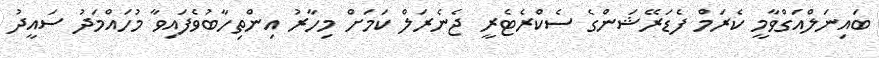
ބައިނަލްއަގްވާމީ ކެރަމް ފެޑަރޭޝަންގެ ސެކްރެޓެރީ ޖެނެރަލް ކަމަށް މިހާރު އިންތިހާބުވެފައިވާ މުހައްމަދު ސައީދު